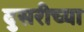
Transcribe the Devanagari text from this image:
दुसरीच्या